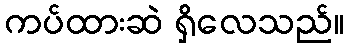
ကပ်ထားဆဲ ရှိလေသည်။